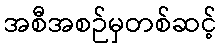
အစီအစဉ်မှတစ်ဆင့်